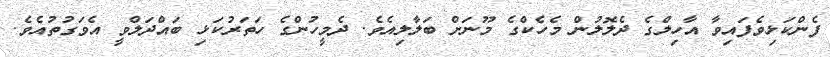
ފެންކަޅިވެފައިވާ އާހިލްގެ ދެލޮލުން މެހެކްގެ މޫނަށް ބަލާލިއެވެ. ދެމީހުންގެ ހަތަރުކަޅި ބައްދަލްވީ އެވަގުތުއެވެ.